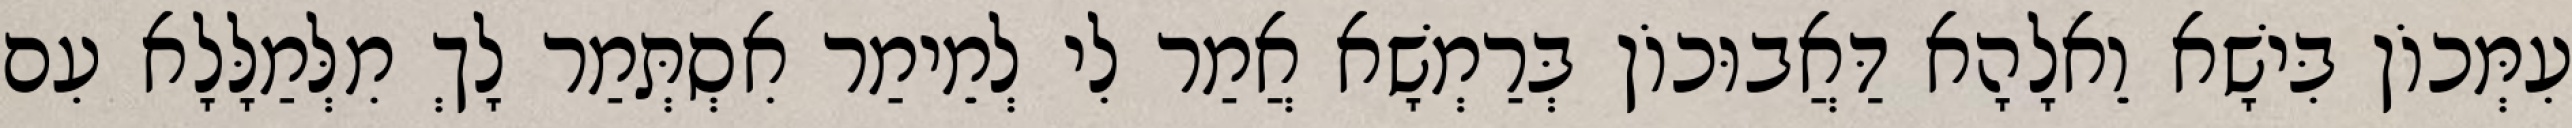
עִמְּכוֹן בִּישָׁא וֵאלָהָא דַּאֲבוּכוֹן בְּרַמְשָׁא אֲמַר לִי לְמֵימַר אִסְתְּמַר לָךְ מִלְּמַלָּלָא עִם